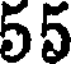
55